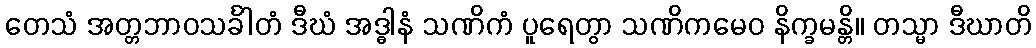
တေသံ အတ္တဘာဝသင်္ခါတံ ဒီဃံ အဒ္ဓါနံ သဏိကံ ပူရေတွာ သဏိကမေဝ နိက္ခမန္တိ။ တသ္မာ ဒီဃာတိ